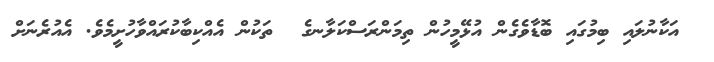
އަކާނުލައި ބިމުގައި ބޮޑާވެގެން އުޅޭމީހުން ތިމަންރަސްކަލާނގެ  ތަކުން އެއްކިބާކުރައްވާހުށީމެވެ. އެއުރެނަށް